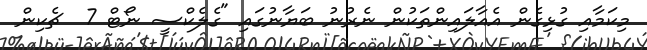
މިކަމާއި ގުޅިގެން އެއާލައިންތަކުން ނެރުނު ބަޔާނުގައި "ގެލެކްސީ ނޯޓް 7  ޗެކިން